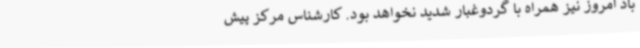
باد امروز نیز همراه با گردوغبار شدید نخواهد بود. کارشناس مرکز پیش